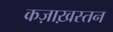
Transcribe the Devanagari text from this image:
कज़ाख़स्तन